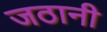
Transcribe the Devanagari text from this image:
जठानी